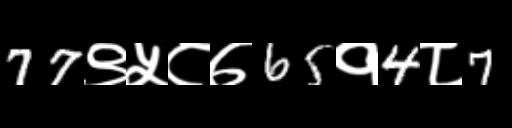
Text: 77९५८७65१4८7